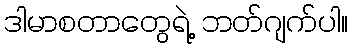
ဒါမာစတာတွေရဲ့ ဘတ်ဂျက်ပါ။